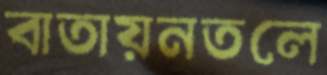
বাতায়নতলে